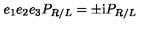
e _ { 1 } e _ { 2 } e _ { 3 } P _ { R / L } = \pm \mathrm { i } P _ { R / L }